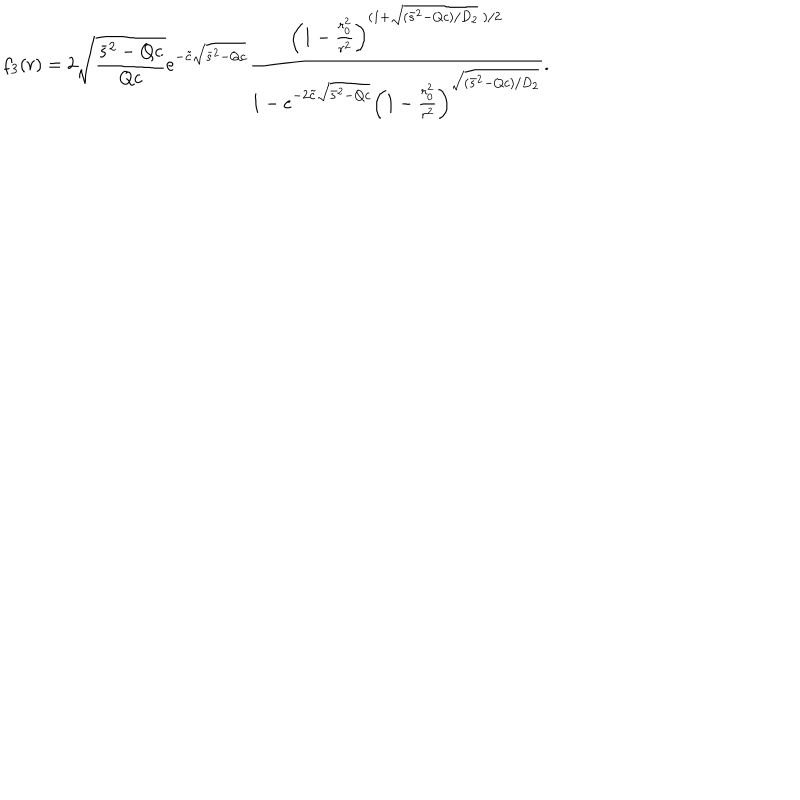
f _ { 3 } ( r ) = 2 \sqrt { \frac { \bar { s } ^ { 2 } - Q c } { Q c } } e ^ { - \tilde { c } \sqrt { \bar { s } ^ { 2 } - Q c } } \frac { \left( 1 - \frac { r _ { 0 } ^ { 2 } } { r ^ { 2 } } \right) ^ { ( 1 + \sqrt { ( \bar { s } ^ { 2 } - Q c ) / D _ { 2 } } \ ) / 2 } } { 1 - e ^ { - 2 \tilde { c } \sqrt { \bar { s } ^ { 2 } - Q c } } \left( 1 - \frac { r _ { 0 } ^ { 2 } } { r ^ { 2 } } \right) ^ { \sqrt { ( \bar { s } ^ { 2 } - Q c ) / D _ { 2 } } } } .